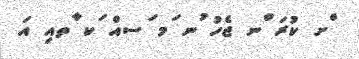
ްށ ކުރަ ްނ ޖެހު ުނ ަމ ަސއް ަކ ާތއި އަ